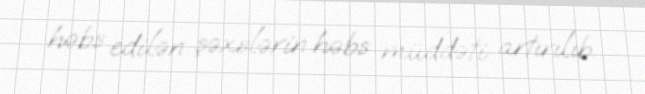
həbs edilən şəxslərin həbs müddəti artırılıb.